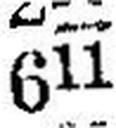
611